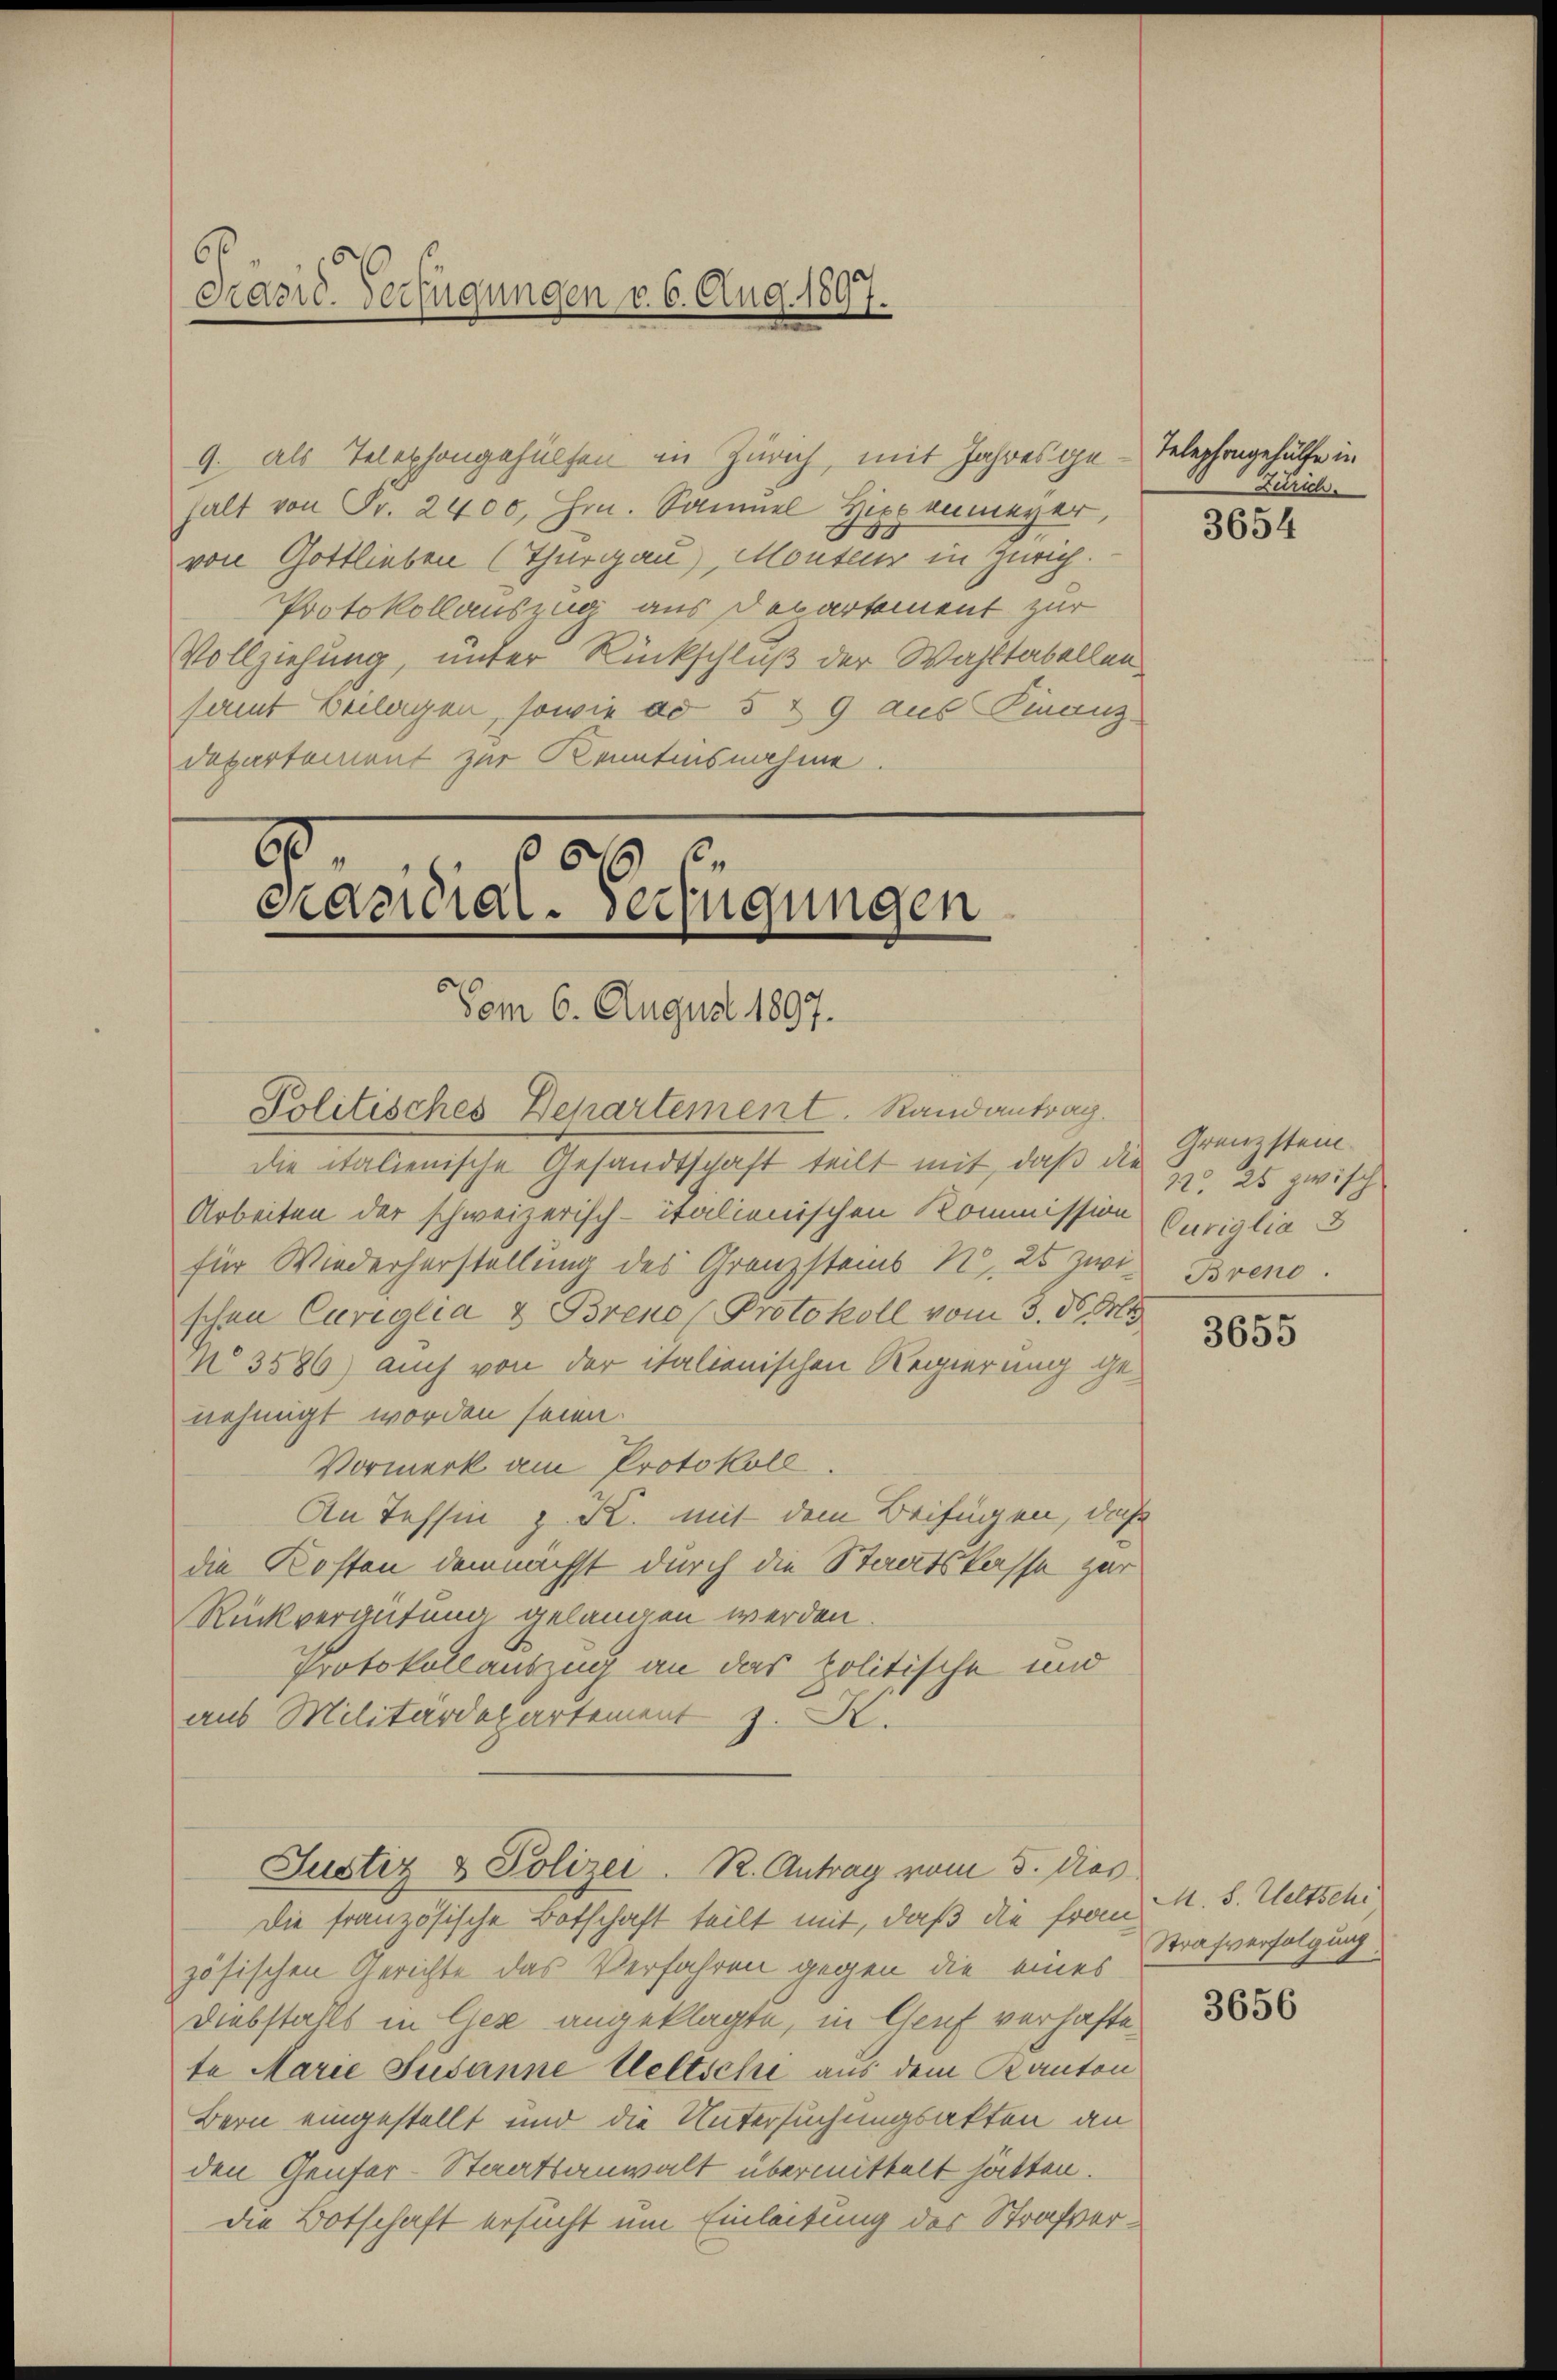
9. als Telephongehülfen in Zürich, mit Jahres ge-Telephongehülfe in
halt von Fr. 2400, Hrn. Samuel Hippenmeyer,
von Gottlieben (Thurgau), Monteur in Zürich.
Protokollauszug aus Departement zur
Vollziehung, unter Rückschluß der Wahltabellen
samt Beilagen, sowie ad § 29 aus Finanz¬
Departement zur Kenntnisnahme.

6
Pravić-Verfügungen v. 6. Aug. 1897.

die italienische Gesandtschaft teilt mit, daß die Grenzstei¬
Arbeiten der schweizerisch-italienischen Kommission Curiglio 3
für Wiederherstellung des Granzsteins N. 25 zwischen Curiglia & Brend (Protokoll vom 3. ds. M
N° 3586) auch von der italionischen Regierung genehmigt worden seien.
Vormerk am Protokoll
An Tessin z. R. mit dem Beifügen, daß
die Kosten demnächst durch die Staatskasse zur
Rückvergütung gelangen werden.
Protokollauszug an das politische und
aus Militärdepartement z. K.
Justiz & Polizei. R. Antrag vom 5. das
Die französische Botschaft teilt mit, daß die Frau A. S. Weltschr
zösischen Gerichte das Verfahren gegen die eines
Diebstalls in Gese angeklagte, in Genf verhaftete Marie Susanne Weltsche aus dem Kanton
Bern eingestellt und die Untersuchungsakten an
den Genfer-Staatsanwalt übermittelt hätten.
die Botschaft ersucht um Einleitung der Strafver¬

9.
 6
caccial. verfügungen
Vom 6. August 1897.
Politisches Departement. Randantrag.

Zürich.
3654

22. 25 zwisch
Brend.

3655

Strafverfolgung,

3656